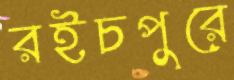
রইচপুরে